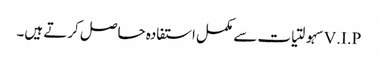
V.I.Pسہولتیات سے مکمل استفادہ حاصل کرتے ہیں۔